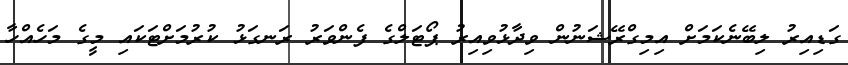
ގަޑިއިރު ލިބޭނެކަމަށް އިމިގްރޭޝަނުން ވިދާޅުވިއިރު ޕޯޓަލްގެ ފެންވަރު ރަނގަޅު ކުރުމަށްޓަކައި މީގެ މަހެއްހާ